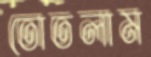
তোতলাম